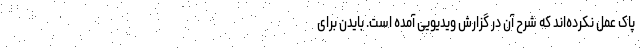
پاک عمل نکرده‌اند که شرح آن در گزارش ویدیویی آمده است. بایدن برای